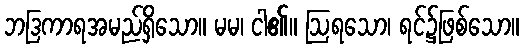
ဘဒြကာရအမည်ရှိသော။ မမ၊ ငါ၏။ ဩရသော၊ ရင်၌ဖြစ်သော။